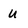
Character: u